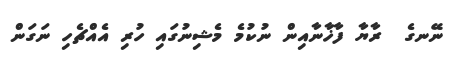
ނޭނގެ  ރާޔާ ފާޚާނާއިން ނުކުމެ މެޝިނުގައި ހުރި އެއްޗެހި ނަގަން